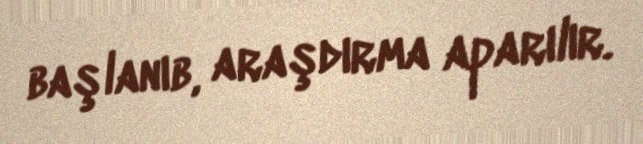
başlanıb, araşdırma aparılır.